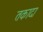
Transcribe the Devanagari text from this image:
तकादा